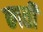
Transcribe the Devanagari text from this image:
ब्गती